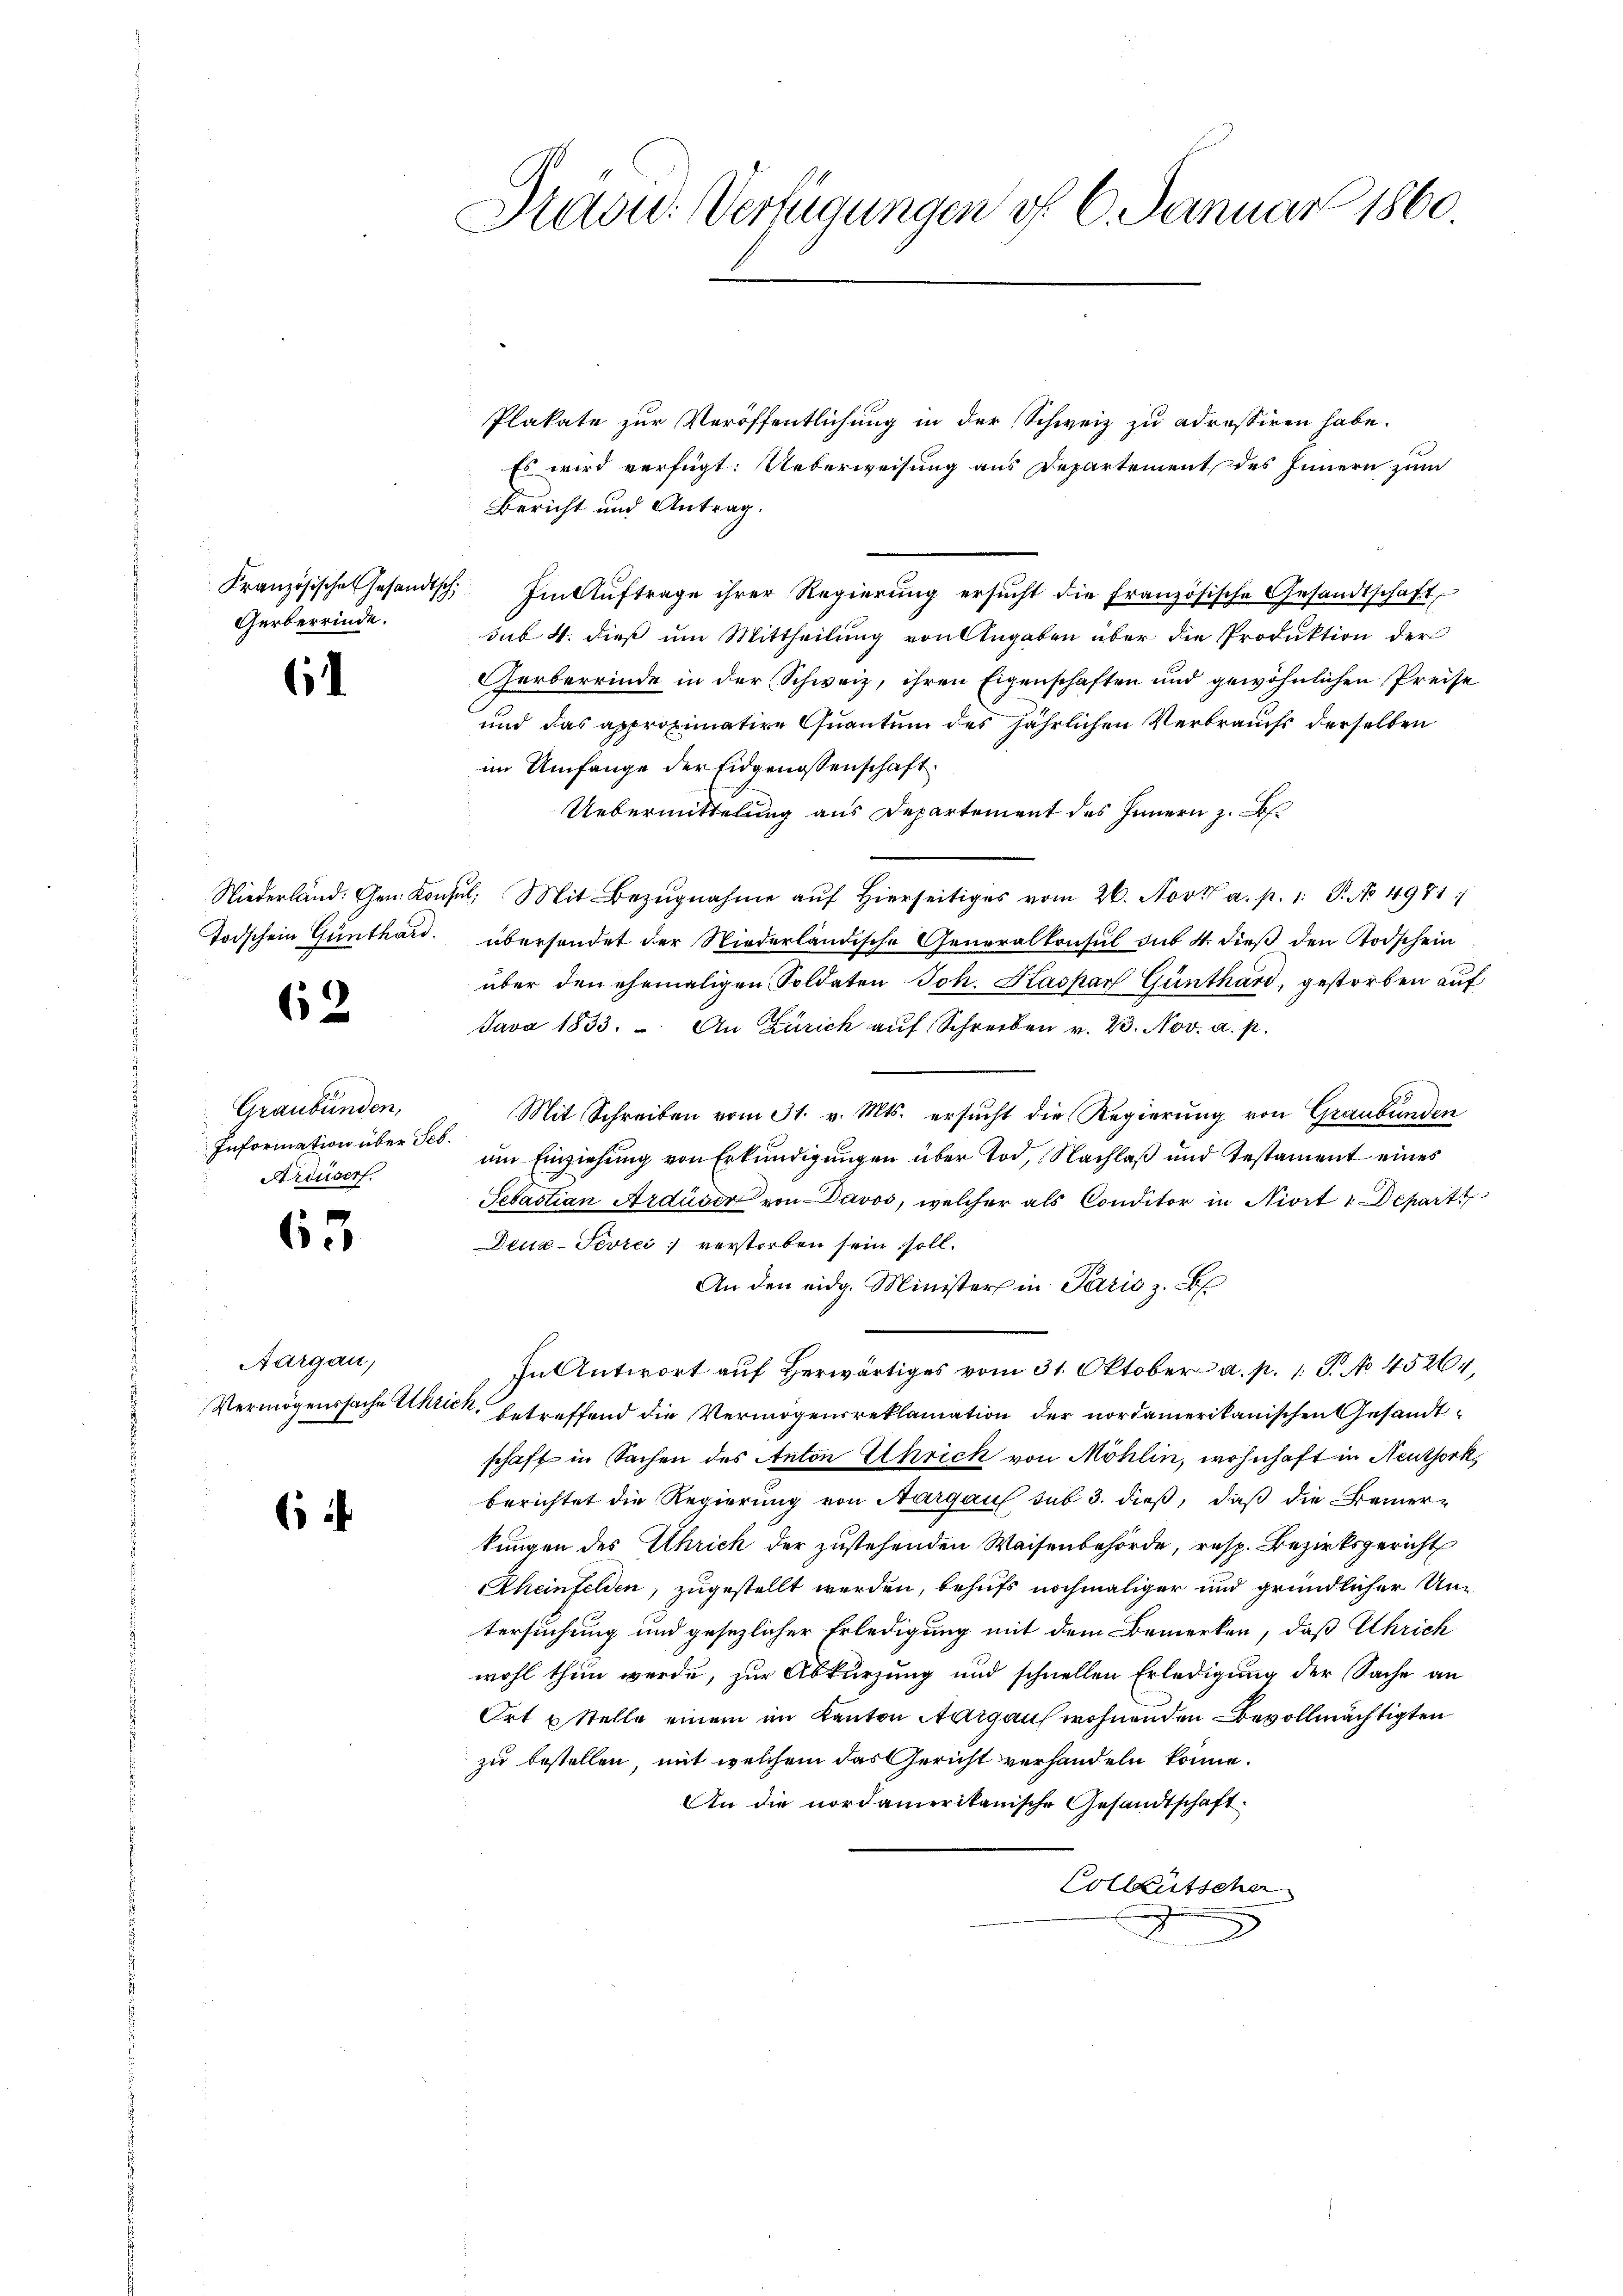
Gerberrinde.

i

Todschein Günthard.

62

Graubünden,
Information über Seb.
Arduserf.

65

Aargau,

64

Previd. Verfügungen d. 6. Januar 1860.

Plakate zur Veröffentlichung in der Schweiz zu adressiren habe.
Es wird verfügt: Ueberweisung aus Departement des Innern zum
Bericht und Antrag.
Französische Gesandtsch. Im Aŭftrage ihrer Regierŭng ersŭcht die französische Gesandtschaft
sub 4. dieß um Mittheilung von Angaben über die Produktion der
Gerberrinde in der Schweiz, ihren Eigenschaften und gewöhnlichen Preise
und das approximative Quantum des jährlichen Verbrauchs derselben
im Umfange der Eidgenossenschaft
Uebermittelung aus Departement des Innern z. B
Niederland. Gen. Konsŭl. Mit Bezŭgnahme aŭf hierseitiges vom 26. Nov. a. p. 1. P. No. 4981:
übersendet der Niederländische Generalkonsul sus 4. dieß den Todschein
über den ehemaligen Soldaten Joh. Kaspar Günthard, gestorben auf
Java 1833. - An Zürich auf Schreiben v. 23. Nov. a. p.
Mit Schreiben vom 31. v. Mts. ersucht die Regierung von Graubünden
um Einziehung von Erkundigungen über Tod, Nachlaß und Testament eines
Sebastian Ardüser von Davos, welcher als Conditor in Niert : Depart
Deua-Sevrei verstorben sein soll.
An den eidg. Minister in Paris z. B.
In Antwort auf herwärtiges vom 31. Oktober a. p. 1. P. No 45264,
Vermögenssache Aktick, betreffend die Vermögensreklamation der nordamerikanischen Gesandtschaft in Sachen des Anton Ehrick von Möhlin, wohnhaft in Neuthork
berichtet die Regierung von Aargau sub 3. dieß, daß die Bemer-
kungen des Schrich der zustehenden Waisenbehörde, resp. Bezirksgericht
Rheinfelden, zugestellt werden, behufs nochmaliger und gründlicher Untersuchung und gesezlicher Erledigung mit dem Bemerken, daß Uhrich
wohl thun werde, zur Abkürzung und schnellen Erledigung der Sache an
Ort & Stelle einem im Kanton Aargaus wohnenden Bevollmächtigten
zu bestellen, mit welchem das Gericht verhandeln könne.
An die nordamerikanische Gesandtschaft
Collentscher